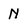
Character: N